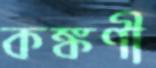
কঙ্কণী